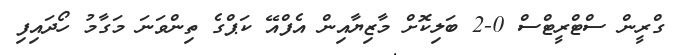
ގްރީން ސްޓްރީޓްސް 0-2 ބަލިކޮށް މާޒިޔާއިން އެފްއޭ ކަޕްގެ ތިންވަނަ މަގާމު ހޯދައިފި